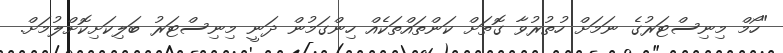
"ހޯމް މިނިސްޓަރުގެ ނަމަށް ހުތުރުވާ ގޮތަށް ކަންތައްތަކެއް ހިންގަމުން ދަނީ މިނިސްޓަރު ބަލިކަށިކޮށްލުމަށް.